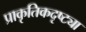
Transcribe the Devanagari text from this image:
प्राकृतिकदृष्ट्या